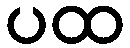
ပထ